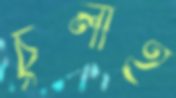
চুলাই